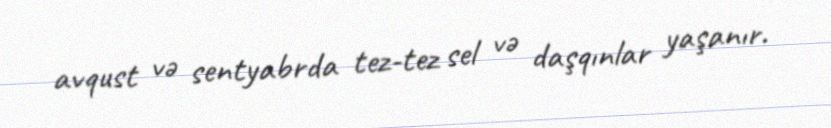
avqust və sentyabrda tez-tez sel və daşqınlar yaşanır.